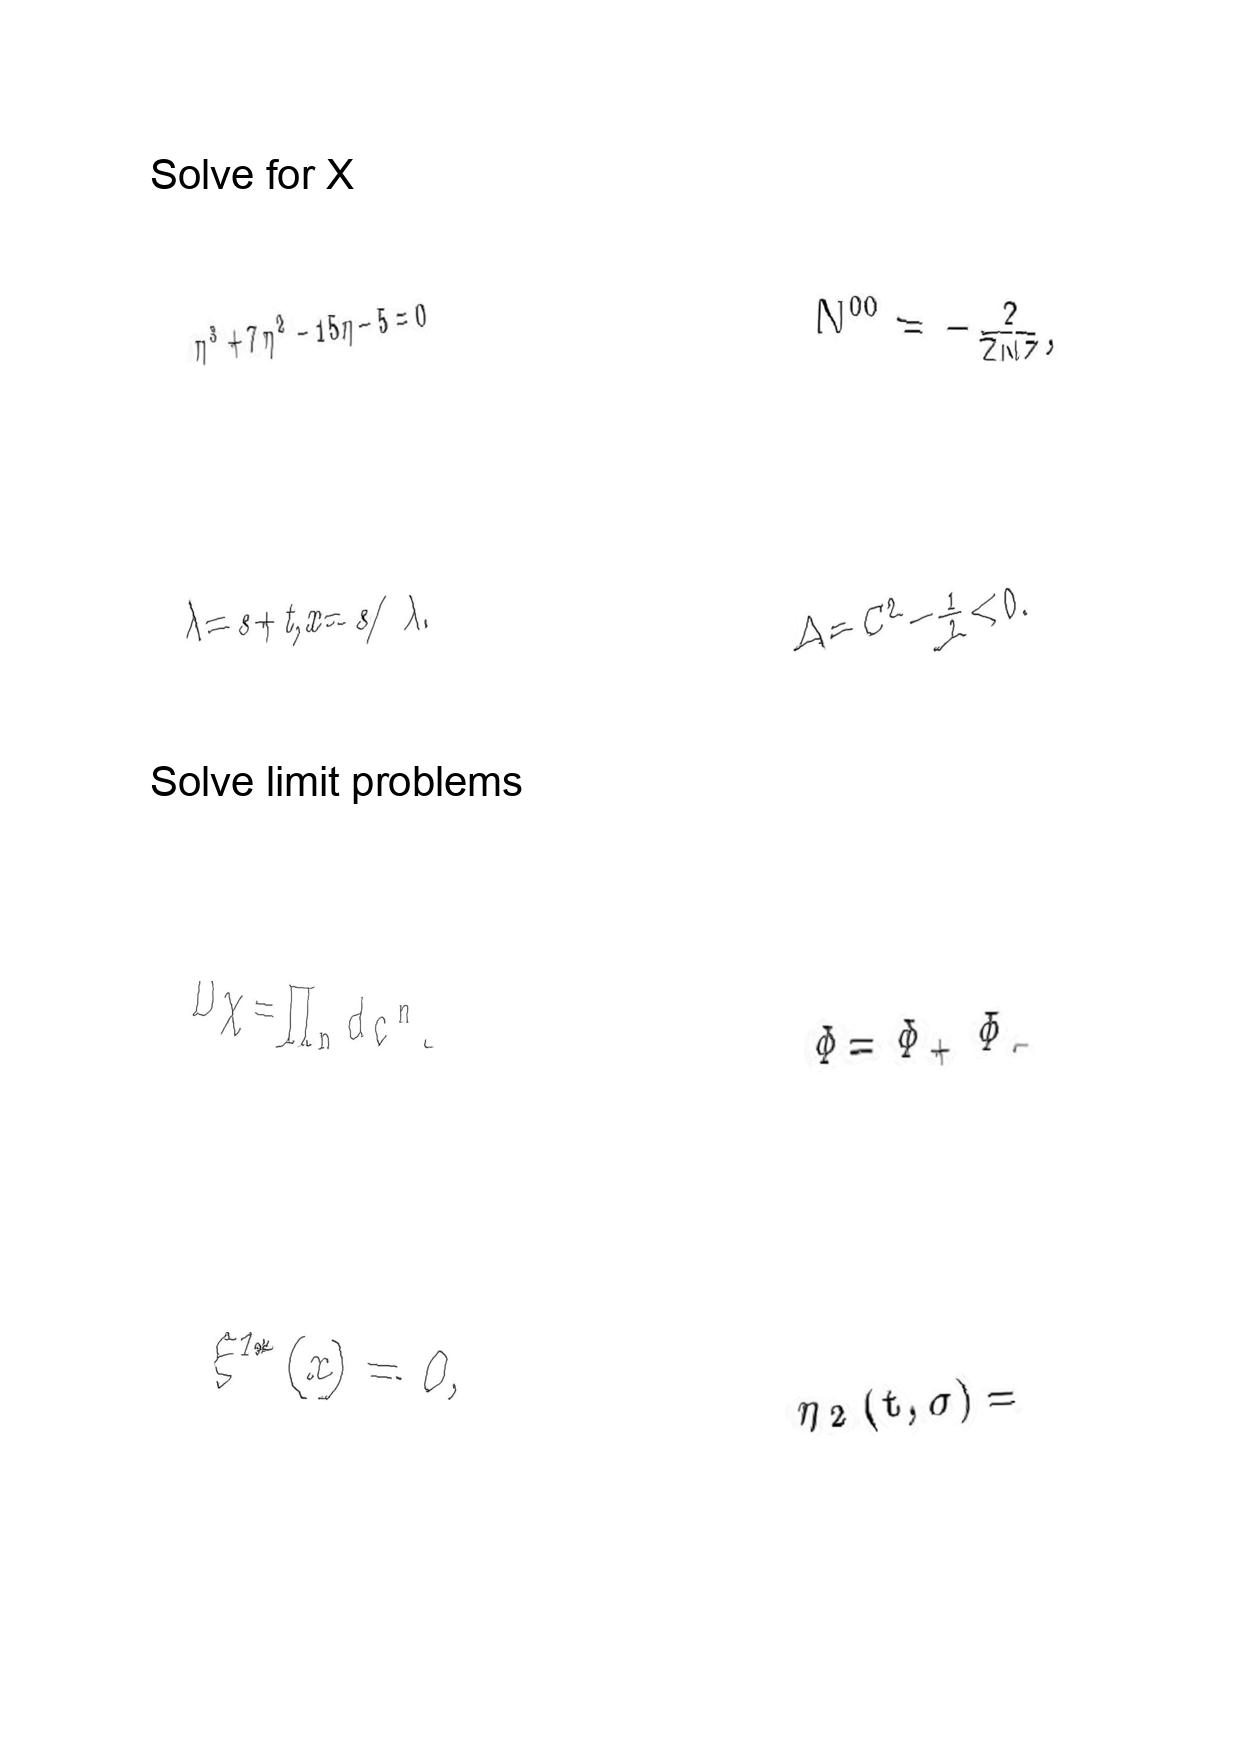
LaTeX transcription:
\eta ^ { 3 } + 7 \eta ^ { 2 } - 1 5 \eta - 5 = 0
\lambda = s + t , x = s / \lambda .
D \chi = \prod _ { n } d c ^ { n } .
\xi ^ { 1 \ast } \lparen x \rparen = 0 ,
N ^ { 0 0 } = - \frac { 2 } { \bar { Z } N Z } ,
\Delta = C ^ { 2 } - \frac { 1 } { 2 } \lt 0 .
\Phi = \Phi _ { + } \Phi _ { - }
\eta _ { 2 } \lparen t , \sigma \rparen =